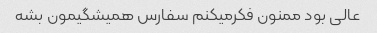
عالی بود ممنون فکرمیکنم سفارس همیشگیمون بشه